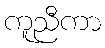
ကူညီကာ